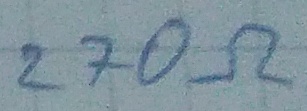
Text: 270Ω